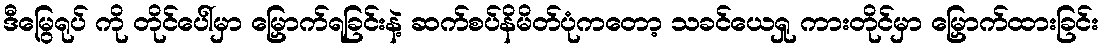
ဒီမြွေရုပ် ကို တိုင်ပေါ်မှာ မြှောက်ရခြင်းနဲ့ ဆက်စပ်နိမိတ်ပုံကတော့ သခင်ယေရှု ကားတိုင်မှာ မြှောက်ထားခြင်း